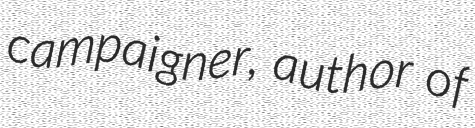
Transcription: campaigner, author of